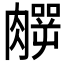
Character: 𱼛